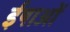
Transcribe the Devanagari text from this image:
ईषाओं